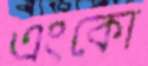
এংকো